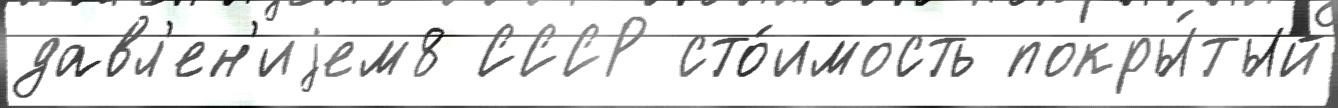
давл'ен'иjем8 СССР сто́имость покры́тый